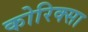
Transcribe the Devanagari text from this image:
कोरिक्सा